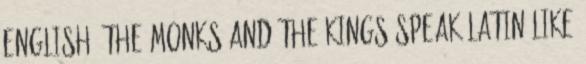
English. The monks and the kings speak Latin like